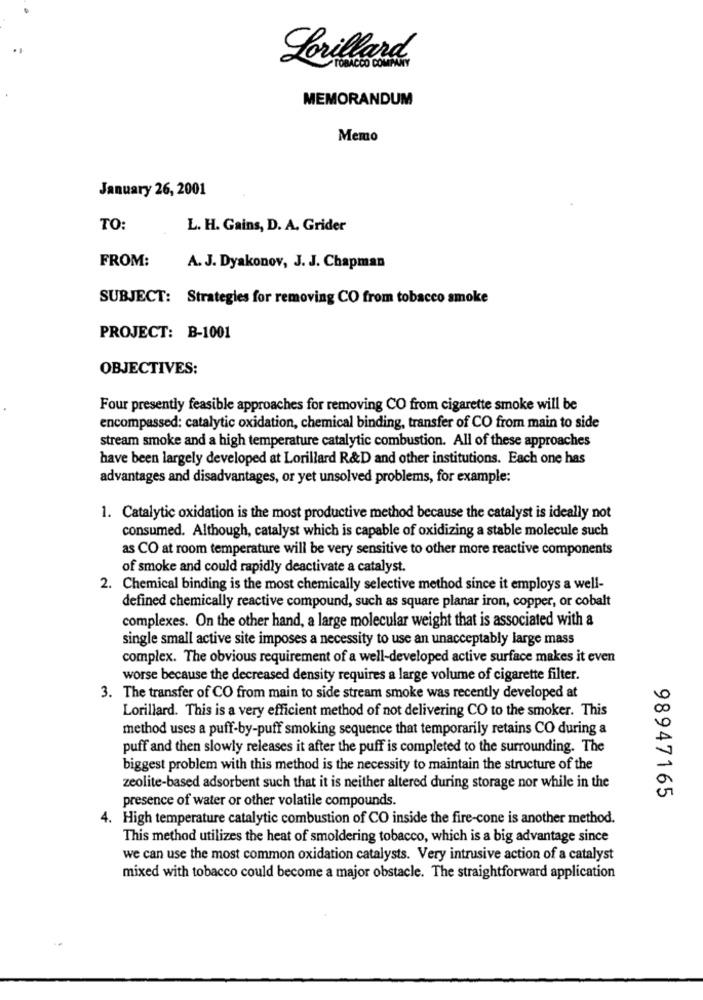
Lorillard
TOBACCO COMPANY
MEMORANDUM
Memo
January 26, 2001
TO:
L. H. Gains, D. A. Grider
FROM:
A. J. Dyakonov, J. J. Chapman
SUBJECT: Strategies for removing CO from tobacco smoke
PROJECT: B-1001
OBJECTIVES:
Four presently feasible approaches for removing CO from cigarette smoke will be
encompassed: catalytic oxidation, chemical binding, transfer of CO from main to side
stream smoke and a high temperature catalytic combustion. All of these approaches
have been largely developed at Lorillard R&D and other institutions. Each one has
advantages and disadvantages, or yet unsolved problems, for example:
1. Catalytic oxidation is the most productive method because the catalyst is ideally not
consumed. Although, catalyst which is capable of oxidizing a stable molecule such
as CO at room temperature will be very sensitive to other more reactive components
of smoke and could rapidly deactivate a catalyst.
2. Chemical binding is the most chemically selective method since it employs a well-
defined chemically reactive compound, such as square planar iron, copper, or cobalt
complexes. On the other hand, a large molecular weight that is associated with a
single small active site imposes a necessity to use an unacceptably large mass
complex. The obvious requirement of a well-developed active surface makes it even
worse because the decreased density requires a large volume of cigarette filter.
3. The transfer of CO from main to side stream smoke was recently developed at
Lorillard. This is a very efficient method of not delivering CO to the smoker. This
method uses a puff-by-puff smoking sequence that temporarily retains CO during a
puff and then slowly releases it after the puff is completed to the surrounding. The
biggest problem with this method is the necessity to maintain the structure of the
zeolite-based adsorbent such that it is neither altered during storage nor while in the
presence of water or other volatile compounds.
98947165
4. High temperature catalytic combustion of CO inside the fire-cone is another method.
This method utilizes the heat of smoldering tobacco, which is a big advantage since
we can use the most common oxidation catalysts. Very intrusive action of a catalyst
mixed with tobacco could become a major obstacle. The straightforward application